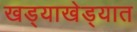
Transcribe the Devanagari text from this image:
खड्याखेड्यात